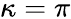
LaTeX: \kappa=\pi